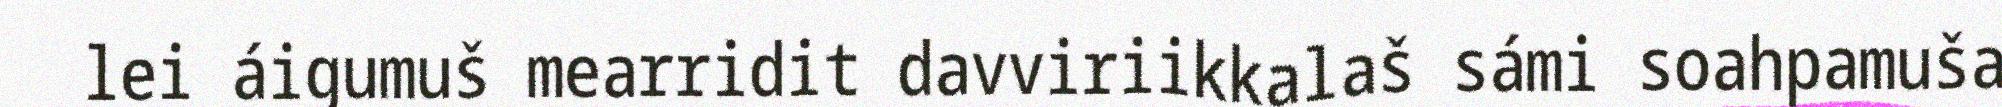
lei áigumuš mearridit davviriikkalaš sámi soahpamuša